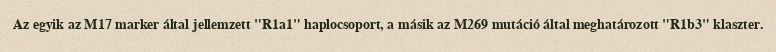
Az egyik az M17 marker által jellemzett "R1a1" haplocsoport, a másik az M269 mutáció által meghatározott "R1b3" klaszter.